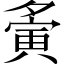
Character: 夤